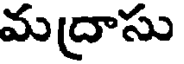
మద్రాసు